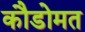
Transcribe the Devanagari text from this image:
कौडोमत